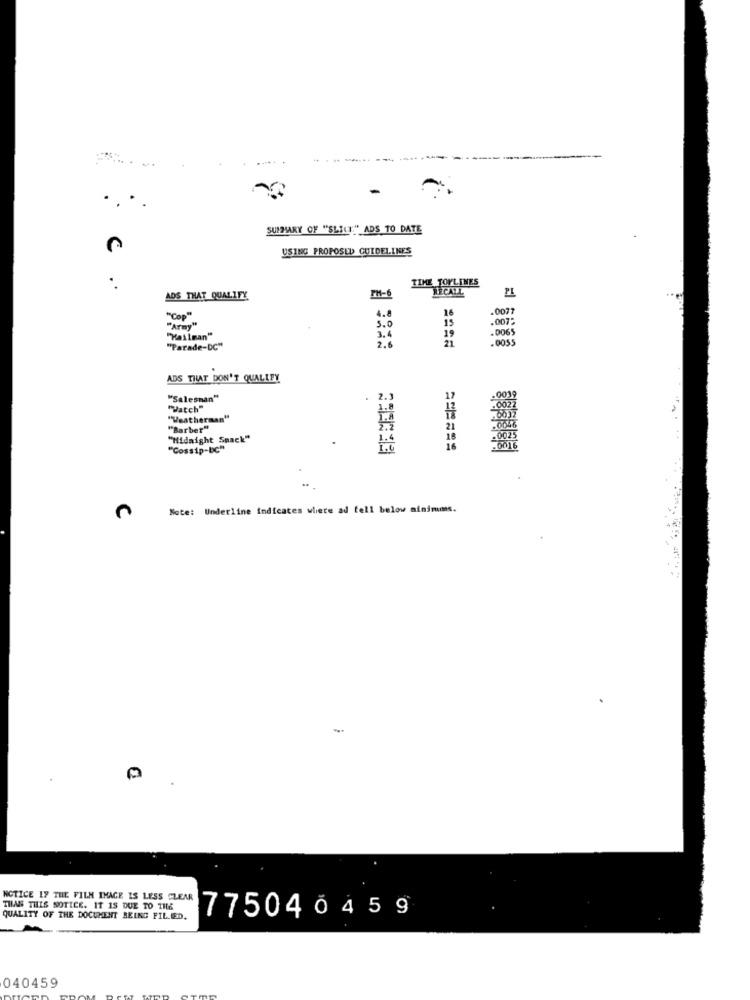
SUMMARY OF "SLICE:" ADS TO DATE
USING PROPOSED GUIDELINES
TIME TOPLINES
PH-6
RECALL
PL
ADS THAT QUALIFY
4.8
16
.007
"Cop"
5.0
15
.007:
"Army"
3.4
19
.0065
"Hailman"
21
.0055
"Parade-DC"
2.6
ADS THAT DON'T QUALLEY
.001
"Salesman"
2.3
17
"Hatch"
1.8
"Weatherman"
T.A
"Barber"
7.2
21
"Midnight Snack"
1.4
. 002
"Cossip-bC"
16
Note: Underline Indicates where ad fell below minimums.
NOTICE LY THE FILM IMAGE IS LESS CLEAR
THAN THIS NOTICE. IT IS DUE TO THE
QUALITY OF THE DOCUMENT BEING FILLED.
77504 0459
040459